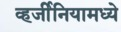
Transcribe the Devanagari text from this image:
व्हर्जीनियामध्ये